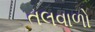
તલવાળો